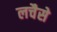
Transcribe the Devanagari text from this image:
लचैसे